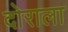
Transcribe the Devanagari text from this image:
दोराला